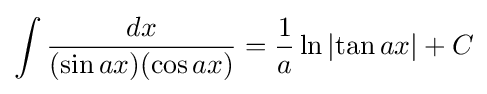
\int {\frac {dx}{(\sin ax)(\cos ax)}}={\frac {1}{a}}\ln \left|\tan ax\right|+C